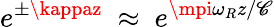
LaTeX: e^{\pm\kappaz}~\approx~e^{\mpi\omega_{R}z/\mathscr{C}}